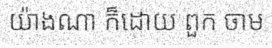
យ៉ាងណា ក៏ដោយ ពួក ចាម